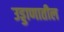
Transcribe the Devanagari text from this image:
उड्डाणातील